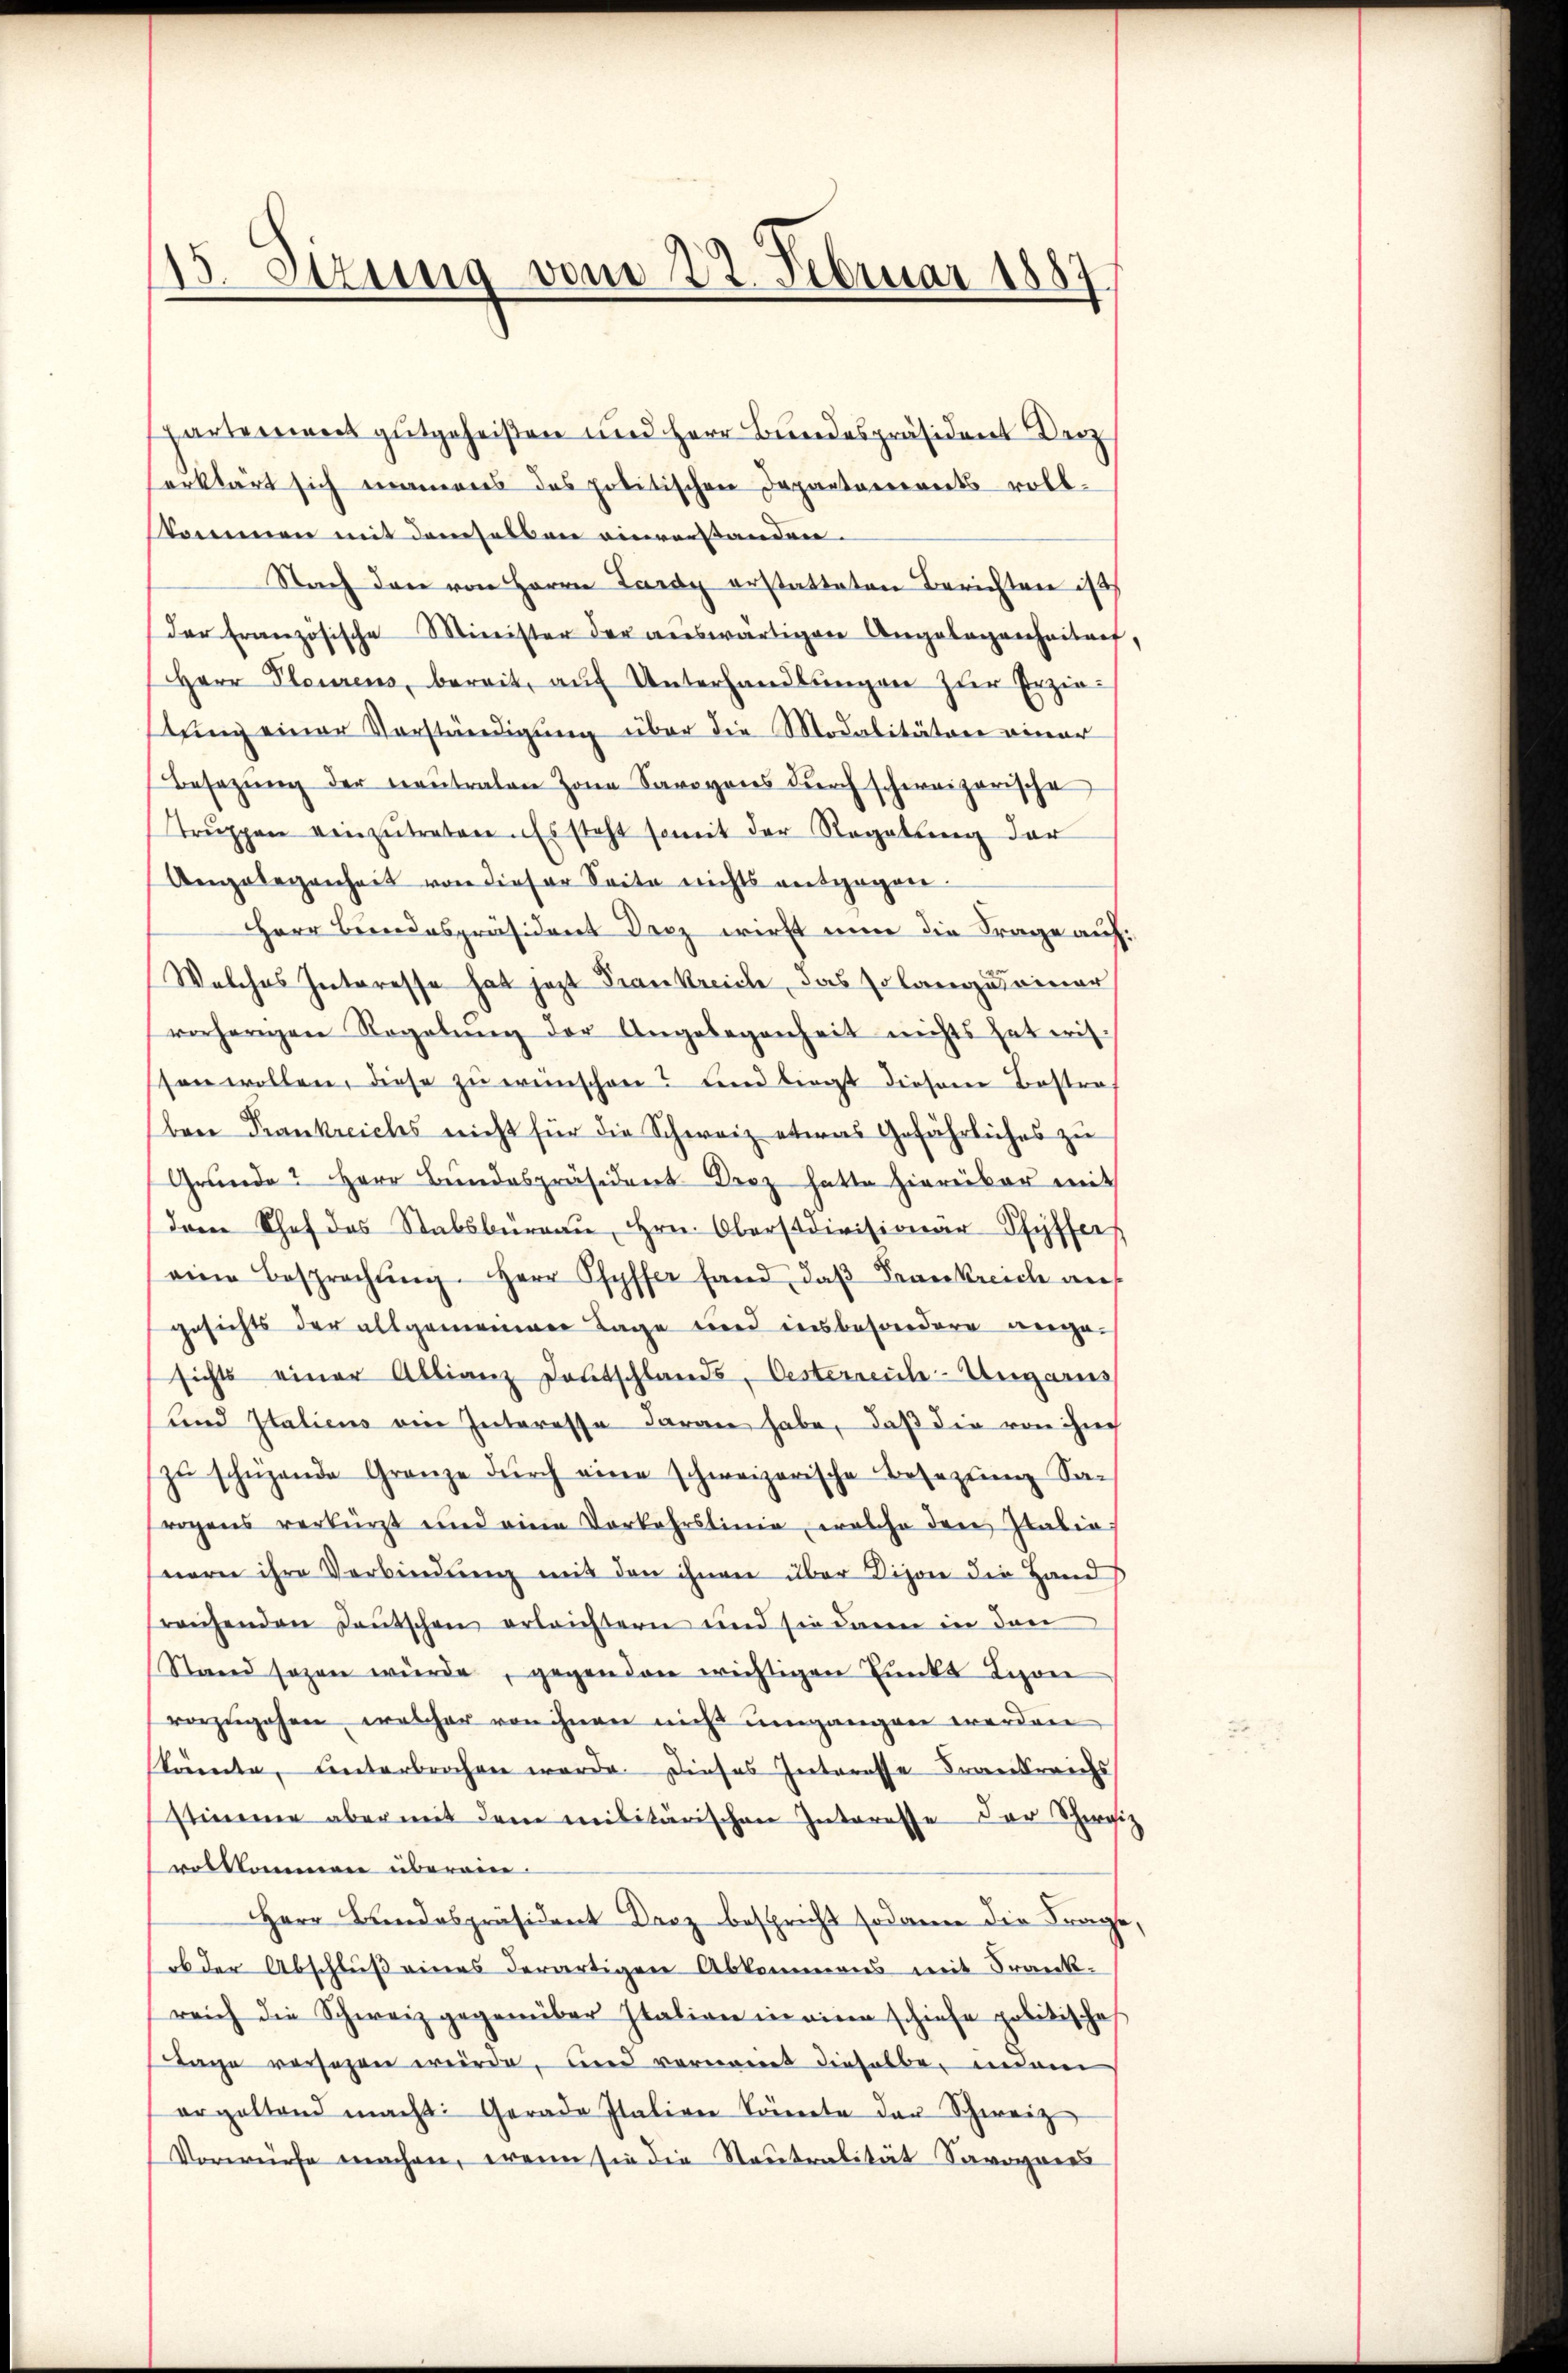
15. Sizung vom 27. Februar 1887

partement gutgeheißen und Herr Bundespräsident De
erklärt sich maneres des politischen Departanereits voll.
Nkommen mit demselben einverstanden.
Nach den von Herrn Lardy erstatteten Berichten ist
der Französische Minister der auswärtigen Angelegenheitert,
Herr Plaurens, bereit, aŭf Unterhandlungen zur Erziestung einer Vorständigung über die Modalitäten einer
Besetzŭng der neutralen Jona Savoyens durch schweizerische
Trŭppen einzŭtreten. Es steht somit der Regelung der
Angelegenheit von dieser Seite nichts entgegen
Herr Berndespräsident Droz wirst nun die Frage auf:
Welches Interesse hat jetzt Frankreiche, das solangut einer
vorherigen Regelŭng der Angelegenheit nichts hat erit.
ssen wollen, diese zŭ ereinschen? und liegt diesem Bestra
bene Frankreichs nicht für die Schweiz etwas Gefährliches zu
Grunde? Herr Bundespräsident Droz hatte hiereiber mit
dam Schef des Stabsbüreaŭ, Hrn. Oberstdivisionär Pfyffer
eine Besprechŭng. Herr Pfyffer fand, daβ Frankreich aus
gesichts der allgemeiner Tage wird insbesondere angesichts einer Allianz Deutschlands, Oesterreich-Ungaris
und Italiens ein Interesse daran habe, daß die von ihne
zŭ schnende Granze dŭrch eine schweizerische Besezung Sa-
regens verkürzt und eine Vorkehrstinie, welche den Italia,
nern ihre Verbindŭng mit den ihnen über Dison die Hand
sreichenden Deutschen erleichtern und sie dann in den
Stand sogen würde, gegenden wichtigen Punkt Lison
vorzugehen, welcher von ihnen nicht umgangen werden
könte, unterbrochen werde. Dieses Interesse Frankreichs
stimme aber mit dem militärischen Interesse der Schwei
olkommen überein-
Herr Bandespräsident Daz bespricht sodann die Frage,
ob der Abschluß eines derartigen Abkommens mit Frank-
reich die Schweiz gegenüber Italien in eine schiehe politische
Tage versezen wurde, und vernannt dieselbe man
ergeltend macht: Gerade Italien könnte der Schweiz
Vorwürfe machen, wenn sie die Steutralität Savoyers